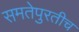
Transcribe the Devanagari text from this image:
समतेपुरतीच